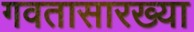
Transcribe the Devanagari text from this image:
गवतासारख्या